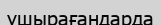
ұшырағандарда